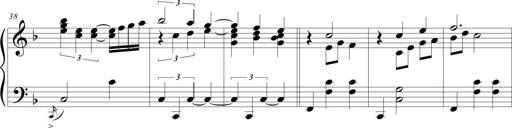
Title: Wallowing Wally
Composer: Michel Rondeau
Key: F major